Indian journal of veterinary science and animal husbandry - Volumes 24-25, 1954-1955
Year: 1954
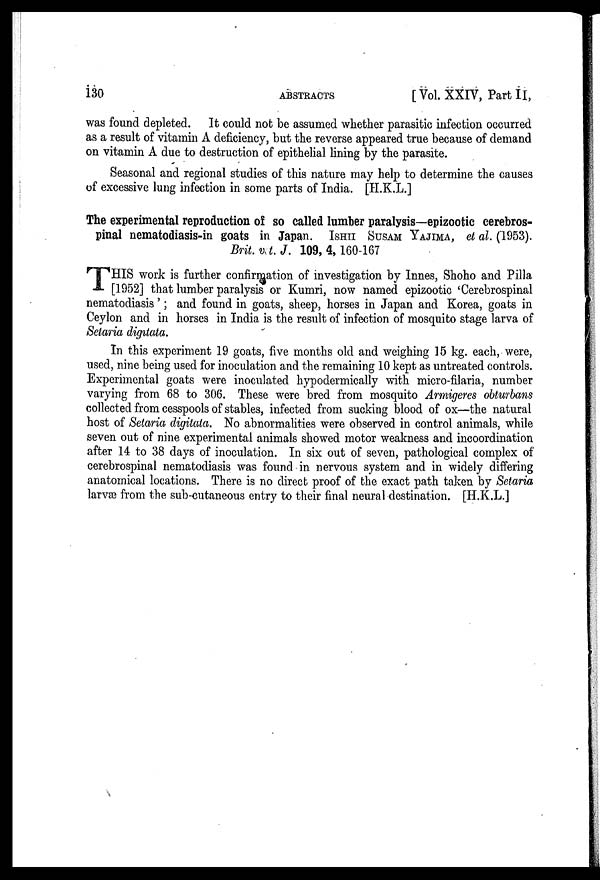
130
ABSTRACTS
[Vol. XXIV, Part II,
was found depleted. It could not be assumed whether parasitic infection occurred
as a result of vitamin A deficiency, but the reverse appeared true because of demand
on vitamin A due to destruction of epithelial lining by the parasite.
Seasonal and regional studies of this nature may help to determine the causes
of excessive lung infection in some parts of India. [H.K.L.]
The experimental reproduction of so called lumber paralysis—epizootic cerebros-
pinal nematodiasis-in goats in Japan. ISHII SUSAM YAJIMA, et al. (1953).
Brit. vet. J. 109, 4, 160-167
T HIS work is further confirmation of investigation by Innes, Shoho and Pilla
[1952] that lumber paralysis or Kumri, now named epizootic 'Cerebrospinal
nematodiasis'; and found in goats, sheep, horses in Japan and Korea, goats in
Ceylon and in horses in India is the result of infection of mosquito stage larva of
Setaria digitata.
In this experiment 19 goats, five months old and weighing 15 kg. each, were,
used, nine being used for inoculation and the remaining 10 kept as untreated controls.
Experimental goats were inoculated hypodermically with micro-filaria, number
varying from 68 to 306. These were bred from mosquito Armigeres obturbans
collected from cesspools of stables, infected from sucking blood of ox—the natural
host of Setaria digitata. No abnormalities were observed in control animals, while
seven out of nine experimental animals showed motor weakness and incoordination
after 14 to 38 days of inoculation. In six out of seven, pathological complex of
cerebrospinal nematodiasis was found in nervous system and in widely differing
anatomical locations. There is no direct proof of the exact path taken by Setaria
larvæ from the sub-cutaneous entry to their final neural destination. [H.K.L.]